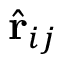
{ \hat { \mathbf { r } } } _ { i j }